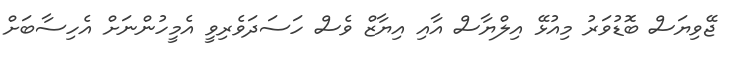
ޖޭވިޔަސް ބޮޑުވަރު މިއުޅޭ އިލްޔާސް އާއި އިޔާޒް ވެސް ހަސަދަވެރިވީ އެމީހުންނަށް އެހިސާބަށް